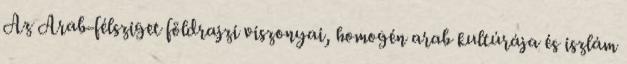
Az Arab-félsziget földrajzi viszonyai, homogén arab kultúrája és iszlám